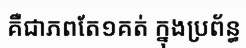
គឺជាភពតែ១គត់ ក្នុងប្រព័ន្ធ